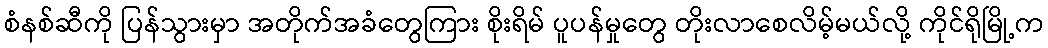
စံနစ်ဆီကို ပြန်သွားမှာ အတိုက်အခံတွေကြား စိုးရိမ် ပူပန်မှုတွေ တိုးလာစေလိမ့်မယ်လို့ ကိုင်ရိုမြို့က